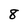
Character: 8